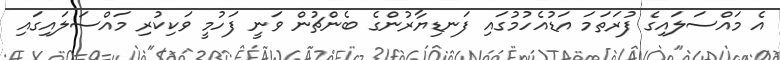
އެ މައްސަލައިގެ ފުރަތަމަ އަޑުއެހުމުގައި ފަނޑިޔާރުންގެ ބެންޗުން ވަނީ ފަހުމީ ވަކިކުރި މައްސަލައިގައި